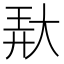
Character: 𱘱